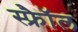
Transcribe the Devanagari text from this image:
स्फ्रैॉल